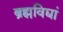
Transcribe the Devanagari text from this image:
ब्रह्मविद्यां